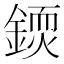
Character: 𨪳